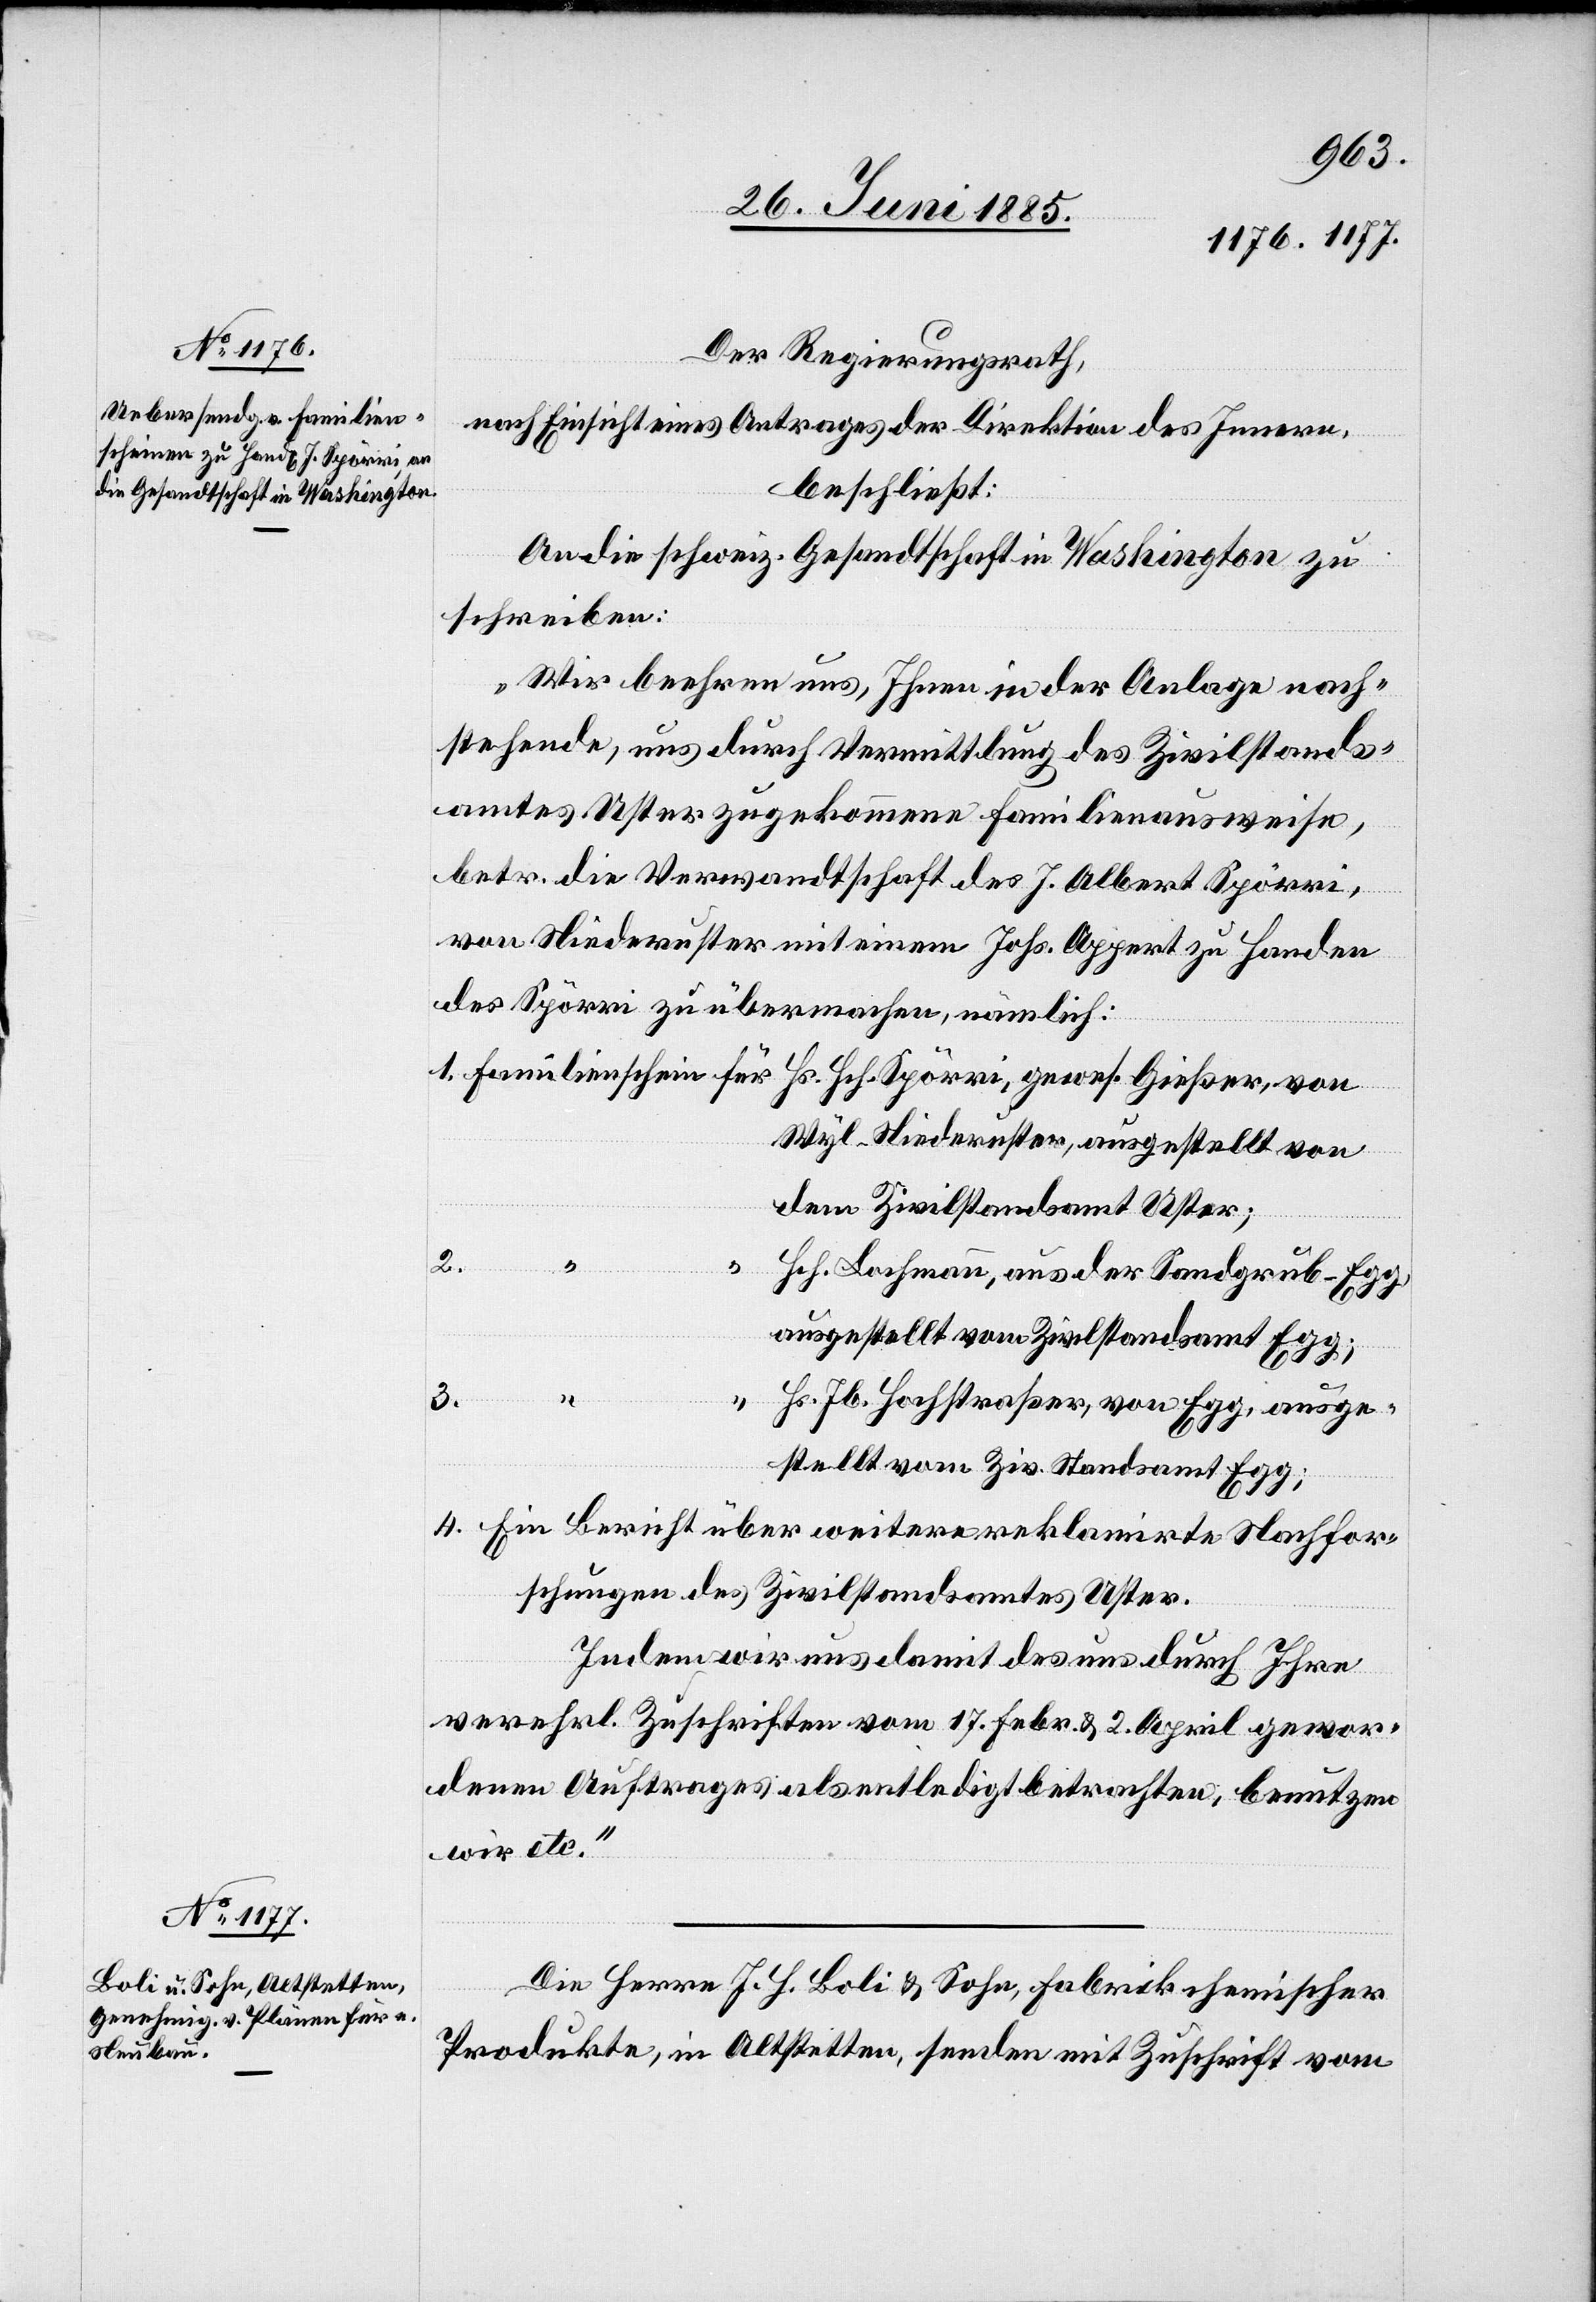
Der Regierungsrath,
nach Einsicht eines Antrages der Direktion des Innern,
beschließt:
An die schweiz. Gesandtschaft in Washington zu
schreiben:
„Wir beehren uns, Ihnen in der Anlage nach¬
stehende, uns durch Vermittlung des Zivilstands¬
amtes Uster zugekommene Familienausweise,
betr. die Verwandtschaft des J. Albert Spörri,
von Niederuster mit einem Johs. Appert zu Handen
des Spörri zu übermachen, nämlich:
Wyl - Niederuster, ausgestellt von
dem Zivilstandsamt Uster;
2.
Hch. Lachmann, aus der Sandgrub - Egg,
ausgestellt vom Zivilstandsamt Egg;
4.
3.
Hs. Jb. Hochstraßer, von Egg, ausge¬
stellt vom Ziv. Standsamt Egg;
Ein Bericht über weitere reklamirte Nachfor¬
schungen des Zivilstandsamtes Uster.
Indem wir uns damit des uns durch Ihre
verehrl. Zuschriften vom 17. Febr. & 2. April gewor¬
denen Auftrages als entledigt betrachten, benutzen
wir etc.“
Die Herren J. H. Boli & Sohn, Fabrik chemischer
Produkte, in Altstetten, senden mit Zuschrift vom